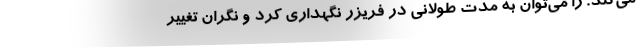
می‌کند. را می‌توان به مدت طولانی در فریزر نگهداری کرد و نگران تغییر